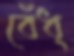
বেঁধ্‌